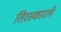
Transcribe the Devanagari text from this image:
तिरस्कारले